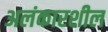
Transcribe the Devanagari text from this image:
अलंकारशील